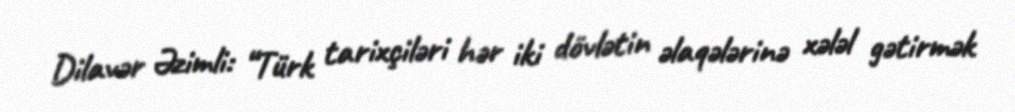
Dilavər Əzimli: “Türk tarixçiləri hər iki dövlətin əlaqələrinə xələl gətirmək